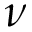
\nu